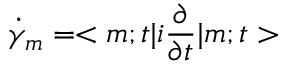
\dot { \gamma } _ { m } = < m ; t | i \frac { \partial } { \partial t } | m ; t >